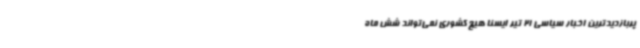
پربازدیدترین اخبار سیاسی 21 تیر ایسنا هیچ کشوری نمی‌تواند شش ماه